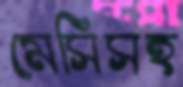
মেসিসহ